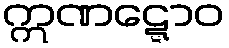
ဣဏဋ္ဋောဝ